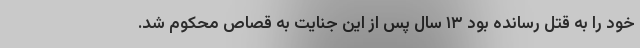
خود را به قتل رسانده بود ۱۳ سال پس از این جنایت به قصاص محکوم شد.